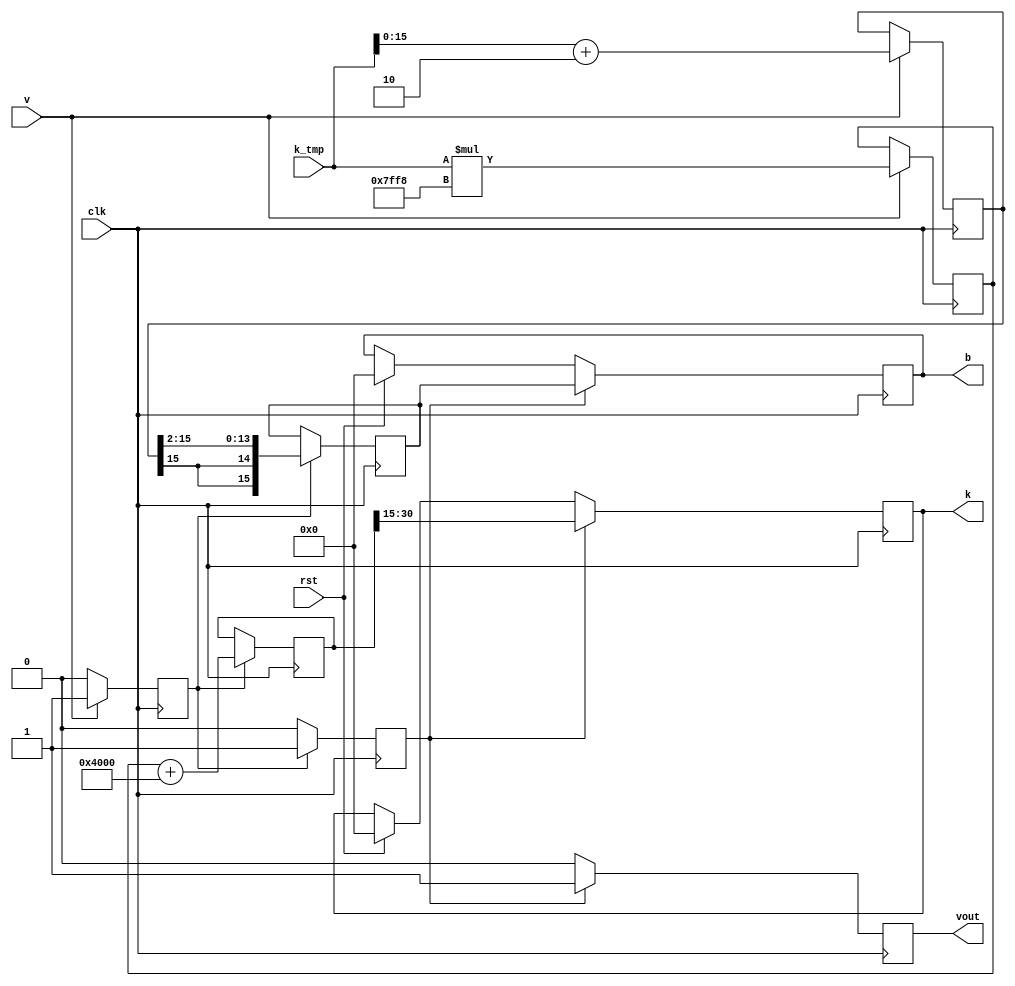
`timescale 1ns/1ns 

module reflect_coeff(input wire signed [31:0] k_tmp,
					 input wire 			v,
					 input wire 			clk,
					 input wire 			rst,
					 output reg signed [15:0] k,
					 output reg signed [15:0] b,
					 output reg 			vout);
			
	reg signed [31:0] k_tmp1, k_tmp2;
	reg signed [15:0] b_tmp1, b_tmp2;
	reg v1, v2;
			
	always @(posedge clk)
	begin
		if (rst)
		begin
			k <= 16'b0;
			b <= 16'b0;
			v1 <= 1'b0;
			v2 <= 1'b0;
		end 
		if (v)
		begin
			k_tmp1 <= k_tmp * 16'h7ff8;
			b_tmp1 <= k_tmp + 16'h2;
			v1 <= v;
		end else
			v1 <= 1'b0;
		if(v1)
		begin
			k_tmp2 <= k_tmp1 + 16'h4000;
			b_tmp2 <= b_tmp1 >>> 2;
			v2 <= v1;
		end else
			v2 <= 1'b0;
		if(v2)
		begin
			k <= k_tmp2 >>> 15;
			b <= b_tmp2;
			vout  <= v2;
		end else
			vout <= 1'b0;
	end
endmodule